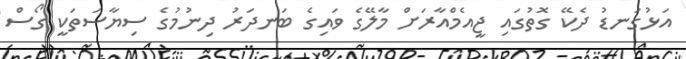
އަޅުގަނޑު ދެކޭ ގޮތުގައި ޖީއެމްއާރަށް މާލޭގެ ވައިގެ ބަނދަރު ދިނުމުގެ ސިޔާސަތަކީ ގޯސް